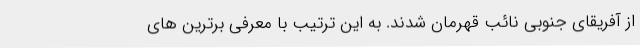
از آفریقای جنوبی نائب قهرمان شدند. به این ترتیب با معرفی برترین های